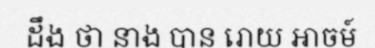
ដឹង ថា នាង បាន រោយ អាចម៍